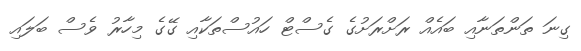
ގިނަ ތަންތަނާއި ބައެއް ރަށްރަށުގެ ގެސްޓް ހައުސްތަކާއި ގޭގެ މިހާރު ވެސް ބަލައި